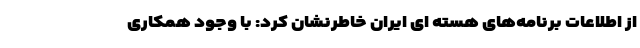
از اطلاعات برنامه‌های هسته ای ایران خاطرنشان کرد: با وجود همکاری